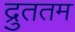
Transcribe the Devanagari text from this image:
द्रुततम